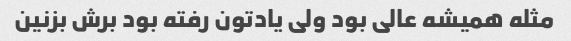
مثله همیشه عالی بود ولی یادتون رفته بود برش بزنین